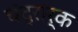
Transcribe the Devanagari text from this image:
चंद्रार्क